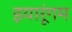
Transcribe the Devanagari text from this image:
इयारूंगम